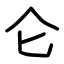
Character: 仑